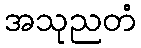
အသုညတံ